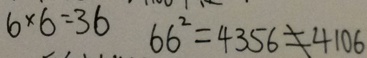
6 \times 6 = 3 6 6 6 ^ { 2 } = 4 3 5 6 = 4 1 0 6